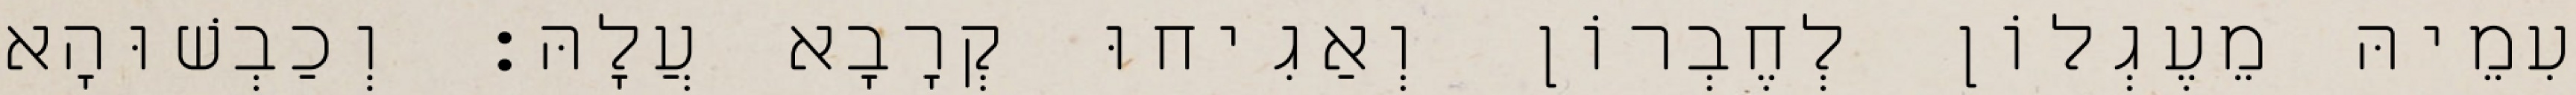
עִמֵיהּ מֵעֶגְלוֹן לְחֶבְרוֹן וְאַגִיחוּ קְרָבָא עֲלָהּ׃ וְכַבְשׁוּהָא